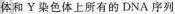
体和Y染色体上所有的DNA序列